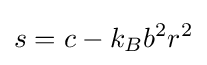
s=c-k_{B}b^{2}r^{2}